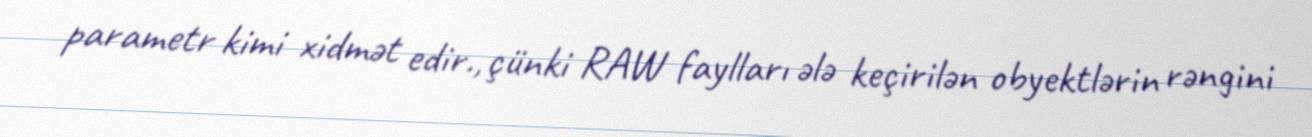
parametr kimi xidmət edir., çünki RAW faylları ələ keçirilən obyektlərin rəngini